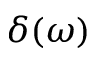
\delta ( \omega )